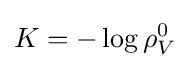
K=-\log \rho _{V}^{0}